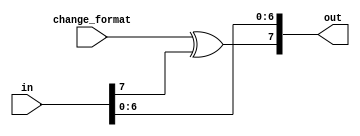
module controlled_unsigned_to_signed_or_vice_versa
#(
parameter width = 8
)
(
input [width-1:0] in,
output [width-1:0] out,
input change_format
);

assign out = {(change_format ^ in[width-1]),in[width-2 : 0]};

endmodule